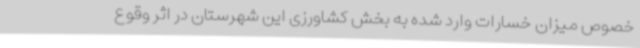
خصوص میزان خسارات وارد شده به بخش کشاورزی این شهرستان در اثر وقوع